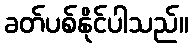
ခတ်ပစ်နိုင်ပါသည်။